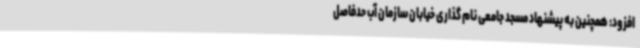
افزود: همچنین به پیشنهاد مسجد جامعی نام گذاری خیابان سازمان آب حدفاصل